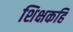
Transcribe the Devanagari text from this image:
शिक्षकहि